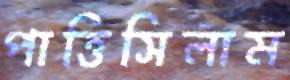
পাত্তিসিলাম